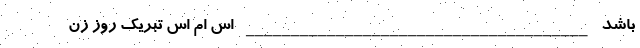
باشد ______________________________________ اس ام اس تبریک روز زن